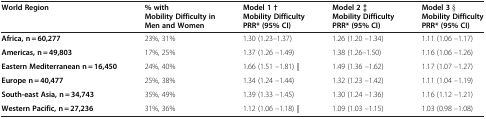
<table><thead><tr><td><b>World Region</b></td><td><b>% with</b></td><td><b>Model 1 †</b></td><td><b>Model 2 ‡</b></td><td><b>Model 3 §</b></td></tr><tr><td><b> </b></td><td><b>Mobility Difficulty in</b></td><td><b>Mobility Difficulty</b></td><td><b>Mobility Difficulty</b></td><td><b>Mobility Difficulty</b></td></tr><tr><td><b> </b></td><td><b>Men and Women</b></td><td><b>PRR* (95% CI)</b></td><td><b>PRR* (95% CI)</b></td><td><b>PRR* (95% CI)</b></td></tr></thead><tbody><tr><td><b>Africa, n = 60,277</b></td><td>23%, 31%</td><td>1.30 (1.23–1.37)</td><td>1.26 (1.20 –1.34)</td><td>1.11 (1.06 –1.17)</td></tr><tr><td><b>Americas, n = 49,803</b></td><td>17%, 25%</td><td>1.37 (1.26 –1.49)</td><td>1.38 (1.26–1.50)</td><td>1.16 (1.06 –1.26)</td></tr><tr><td><b>Eastern Mediterranean n = 16,450</b></td><td>24%, 40%</td><td>1.66 (1.51 –1.81) ||</td><td>1.49 (1.36 –1.62)</td><td>1.17 (1.07 –1.27)</td></tr><tr><td><b>Europe n = 40,477</b></td><td>25%, 38%</td><td>1.34 (1.24 –1.44)</td><td>1.32 (1.23 –1.42)</td><td>1.11 (1.04 –1.19)</td></tr><tr><td><b>South-east Asia, n = 34,743</b></td><td>35%, 49%</td><td>1.39 (1.33 –1.45)</td><td>1.30 (1.24 –1.36)</td><td>1.16 (1.12 –1.21)</td></tr><tr><td><b>Western Pacific, n = 27,236</b></td><td>31%, 36%</td><td>1.12 (1.06 –1.18) ||</td><td>1.09 (1.03 –1.15)</td><td>1.03 (0.98 –1.08)</td></tr></tbody></table>